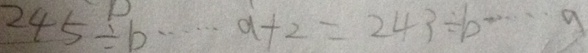
2 4 5 \div b \cdots a + 2 = 2 4 3 \div b \cdots a